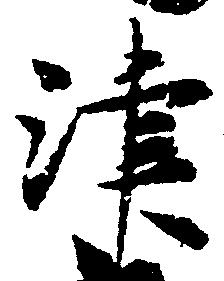
津